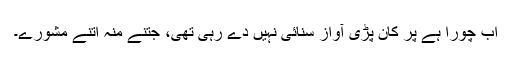
اب چورا ہے پر کان پڑی آواز سنائی نہیں دے رہی تھی، جتنے منہ اتنے مشورے۔